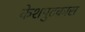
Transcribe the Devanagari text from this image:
केशपुटकास